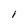
Character: 1